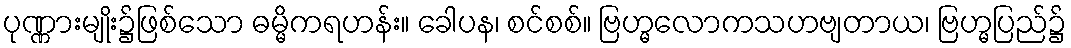
ပုဏ္ဏားမျိုး၌ဖြစ်သော ဓမ္မိကရဟန်း။ ခေါပန၊ စင်စစ်။ ဗြဟ္မလောကသဟဗျတာယ၊ ဗြဟ္မပြည်၌